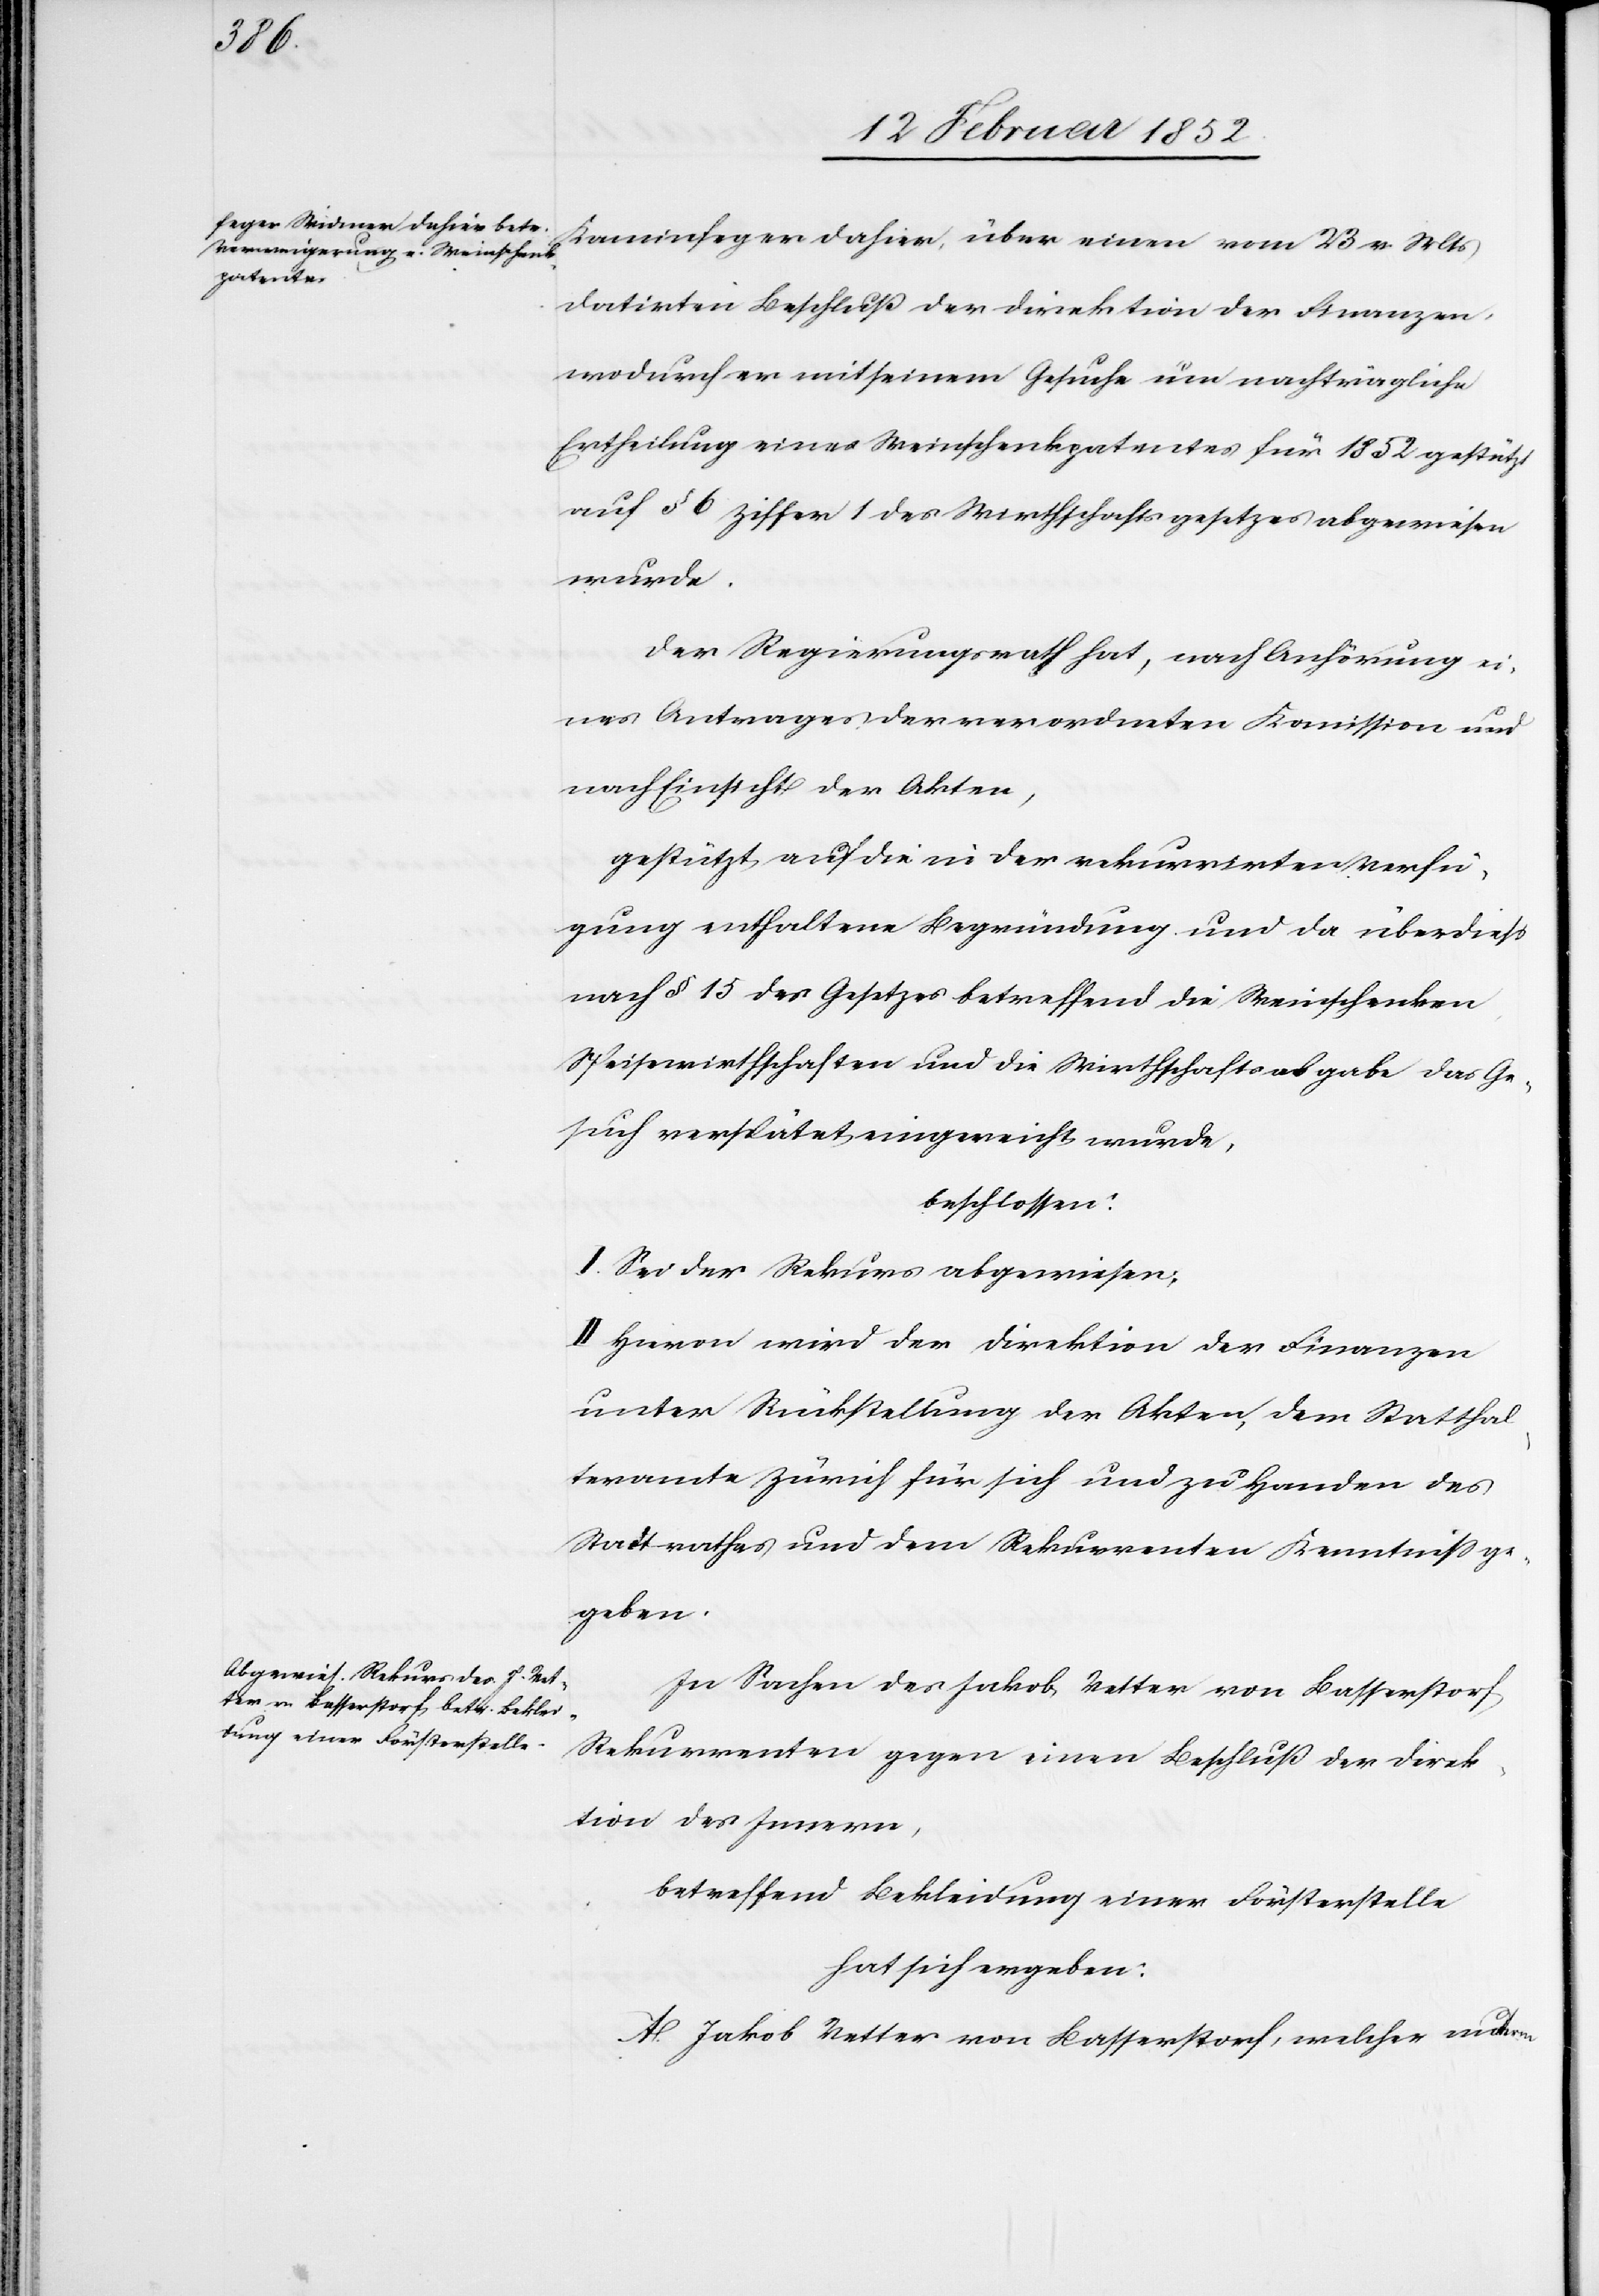
Kaminfeger dahier, über einen vom 23 v. Mts
datirten Beschluß der Direktion der Finanzen,
wodurch er mit seinem Gesuche um nachträgliche
Ertheilung eines Weinschenkpatentes für 1852 gestützt
auf § 6 Ziffer 1 des Wirthschaftsgesetzes abgewiesen
wurde.
Der Regierungsrath hat, nach Anhörung ei¬
nes Antrages der verordneten Kommission und
nach Einsicht der Akten,
gestützt auf die in der rekurrirten Verfü¬
gung enthaltene Begründung und da überdieß
nach § 15 des Gesetzes betreffend die Weinschenken
Speisewirthschaften und die Wirthschaftsabgabe das Ge¬
such verspätet eingereicht wurde.
beschlossen:
I. Sei der Rekurs abgewiesen.
II. Hiervon wird der Direktion der Finanzen
unter Rückstellung der Akten, dem Statthal¬
teramte Zürich für sich und zu Handen des
Stadtrathes und dem Rekurrenten Kenntniß ge¬
geben.
In Sachen des Jakob Vetter von Basserstorf
Rekurrenten gegen einen Beschluß der Direk¬
tion des Innern,
betreffend Bekleidung einer Försterstelle
hat sich ergeben:
A. Jakob Vetter von Basserstorf, welcher unterm